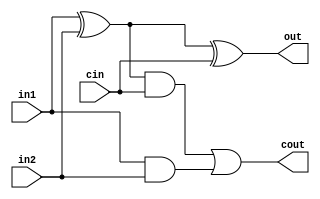
module fulladder(cout, out,in1, in2,cin);
	input in1,in2,cin;
	output cout,out;
	wire w1, w2, w3;
	
	xor x1 (w1,in1,in2);
	xor x2 (out, w1, cin);
	
	and a1 (w2,w1,cin);
	and a2 (w3,in1,in2);
	or o1 (cout,w2,w3);
	
endmodule